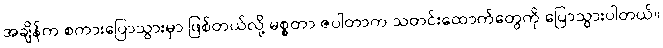
အချိန်က စကားပြောသွားမှာ ဖြစ်တယ်လို့ မစ္စတာ ဇပါတာက သတင်းထောက်တွေကို ပြောသွားပါတယ်။